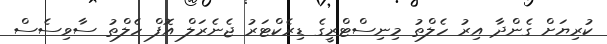
ކުރިޔަށް ގެންދާ އިރު ހެލްތު މިނިސްޓްރީގެ ޑިރެކްޓަރު ޖެނެރަލް އޮފް ހެލްތު ސާވިސެސް